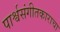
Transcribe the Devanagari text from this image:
पार्श्वसंगीतकाराचा